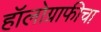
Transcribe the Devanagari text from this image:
हॉलोग्राफीचा